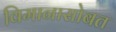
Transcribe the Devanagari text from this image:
विमानासोबत